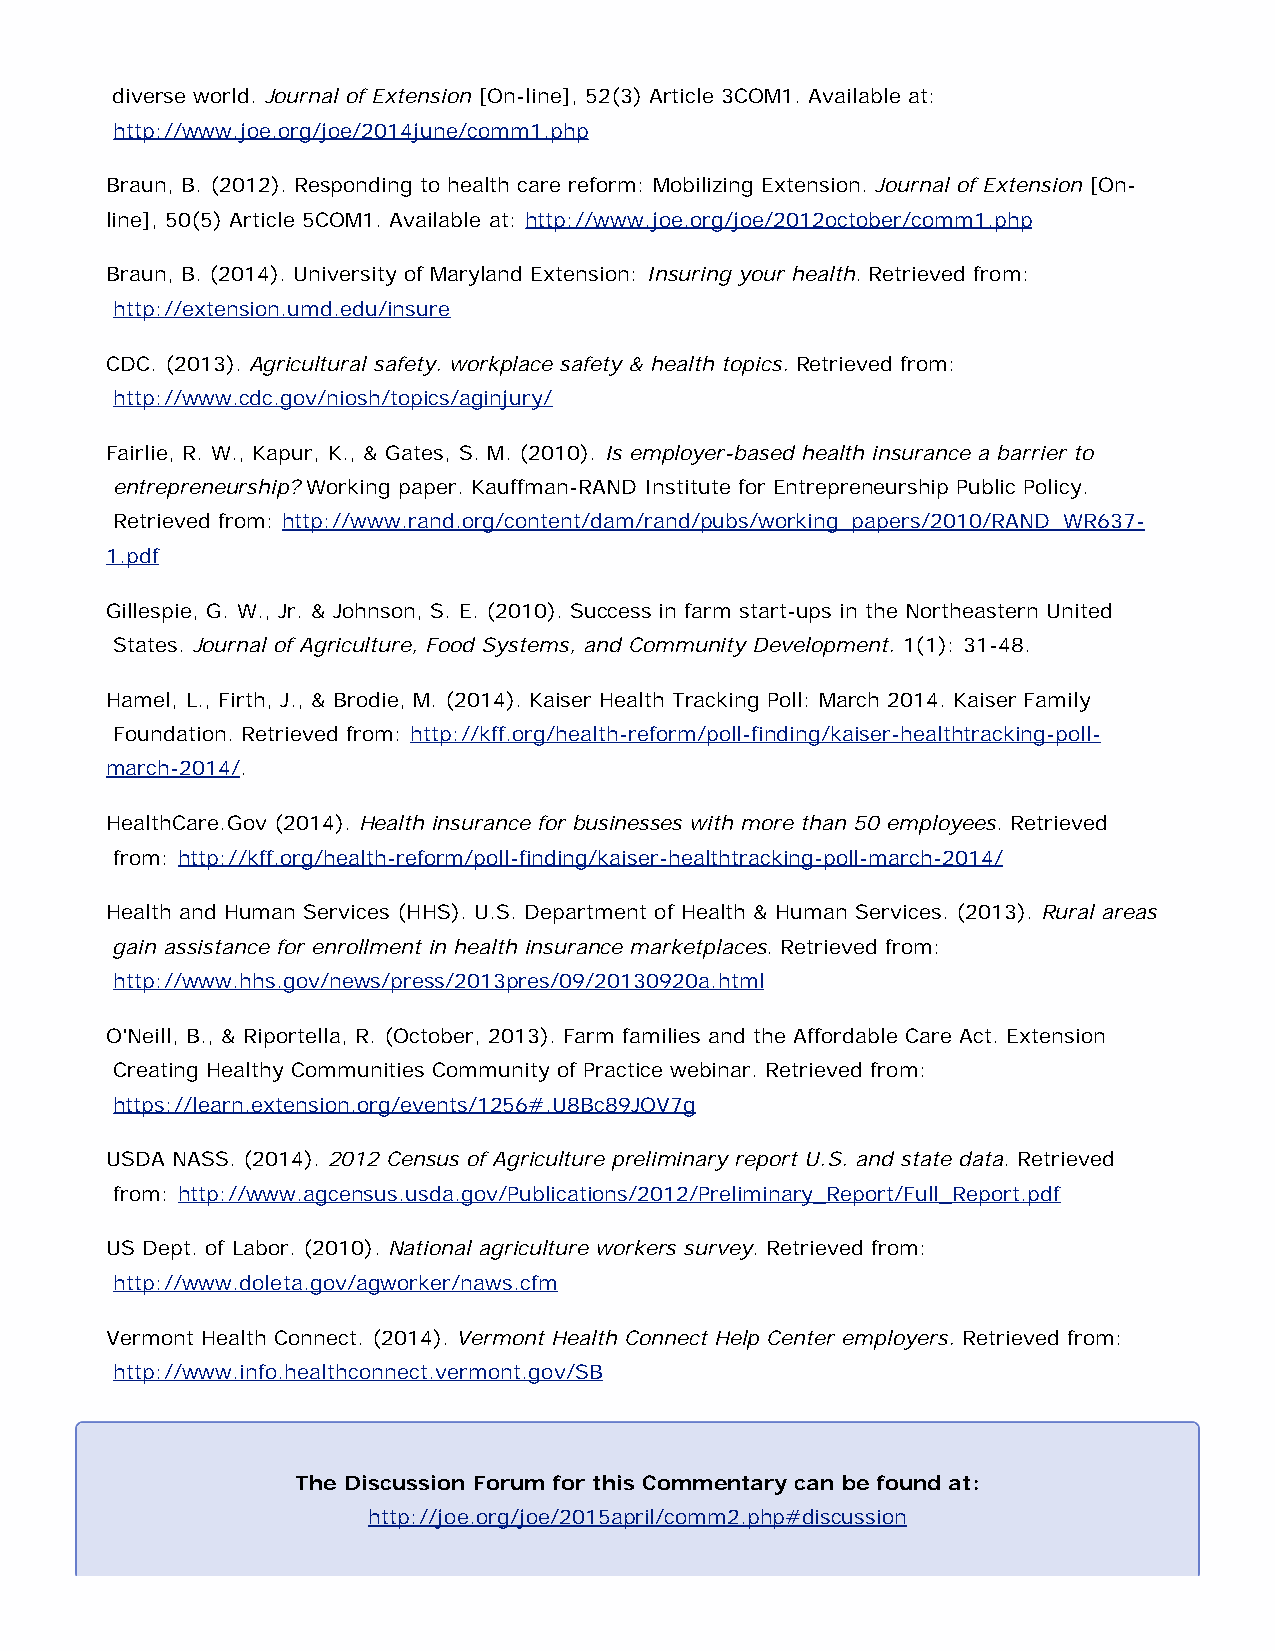
diverse world. Journal of Extension [On-line], 52(3) Article 3COM1. Available at:
 http://www.joe.org/joe/2014june/comm1.php
 Braun, B. (2012). Responding to health care reform: Mobilizing Extension. Journal of Extension [On-
 line], 50(5) Article 5COM1. Available at: http://www.joe.org/joe/2012october/comm1.php
 Braun, B. (2014). University of Maryland Extension: Insuring your health. Retrieved from:
 http://extension.umd.edu/insure
 CDC. (2013). Agricultural safety. workplace safety & health topics. Retrieved from:
 http://www.cdc.gov/niosh/topics/aginjury/
 Fairlie, R. W., Kapur, K., & Gates, S. M. (2010). Is employer-based health insurance a barrier to
 entrepreneurship? Working paper. Kauffman-RAND Institute for Entrepreneurship Public Policy.
 Retrieved from: http://www.rand.org/content/dam/rand/pubs/working_papers/2010/RAND_WR637-
 1.pdf
 Gillespie, G. W., Jr. & Johnson, S. E. (2010). Success in farm start-ups in the Northeastern United
 States. Journal of Agriculture, Food Systems, and Community Development. 1(1): 31-48.
 Hamel, L., Firth, J., & Brodie, M. (2014). Kaiser Health Tracking Poll: March 2014. Kaiser Family
 Foundation. Retrieved from: http://kff.org/health-reform/poll-finding/kaiser-healthtracking-poll-
 march-2014/.
 HealthCare.Gov (2014). Health insurance for businesses with more than 50 employees. Retrieved
 from: http://kff.org/health-reform/poll-finding/kaiser-healthtracking-poll-march-2014/
 Health and Human Services (HHS). U.S. Department of Health & Human Services. (2013). Rural areas
 gain assistance for enrollment in health insurance marketplaces. Retrieved from:
 http://www.hhs.gov/news/press/2013pres/09/20130920a.html
 O'Neill, B., & Riportella, R. (October, 2013). Farm families and the Affordable Care Act. Extension
 Creating Healthy Communities Community of Practice webinar. Retrieved from:
 https://learn.extension.org/events/1256#.U8Bc89JOV7g
 USDA NASS. (2014). 2012 Census of Agriculture preliminary report U.S. and state data. Retrieved
 from: http://www.agcensus.usda.gov/Publications/2012/Preliminary_Report/Full_Report.pdf
 US Dept. of Labor. (2010). National agriculture workers survey. Retrieved from:
 http://www.doleta.gov/agworker/naws.cfm
 Vermont Health Connect. (2014). Vermont Health Connect Help Center employers. Retrieved from:
 http://www.info.healthconnect.vermont.gov/SB
 The Discussion Forum for this Commentary can be found at:
 http://joe.org/joe/2015april/comm2.php#discussion